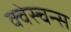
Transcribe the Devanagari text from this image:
क्वेस्चन्स